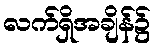
လက်ရှိအချိန်၌